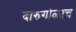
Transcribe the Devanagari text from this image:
दारुगोळाच